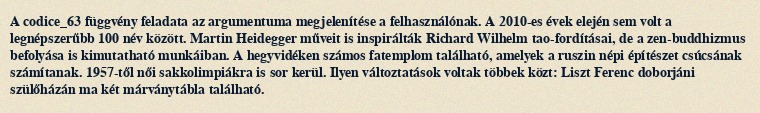
A codice_63 függvény feladata az argumentuma megjelenítése a felhasználónak. A 2010-es évek elején sem volt a legnépszerűbb 100 név között. Martin Heidegger műveit is inspirálták Richard Wilhelm tao-fordításai, de a zen-buddhizmus befolyása is kimutatható munkáiban. A hegyvidéken számos fatemplom található, amelyek a ruszin népi építészet csúcsának számítanak. 1957-től női sakkolimpiákra is sor kerül. Ilyen változtatások voltak többek közt: Liszt Ferenc doborjáni szülőházán ma két márványtábla található.